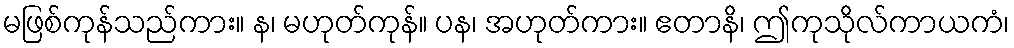
မဖြစ်ကုန်သည်ကား။ န၊ မဟုတ်ကုန်။ ပန၊ အဟုတ်ကား။ ဧတာနိ၊ ဤကုသိုလ်ကာယကံ၊